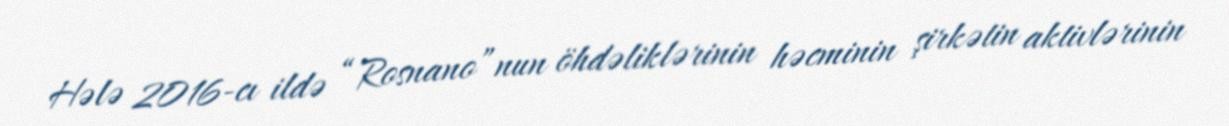
Hələ 2016-cı ildə “Rosnano”nun öhdəliklərinin həcminin şirkətin aktivlərinin